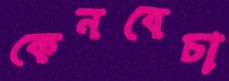
কেনবেচা